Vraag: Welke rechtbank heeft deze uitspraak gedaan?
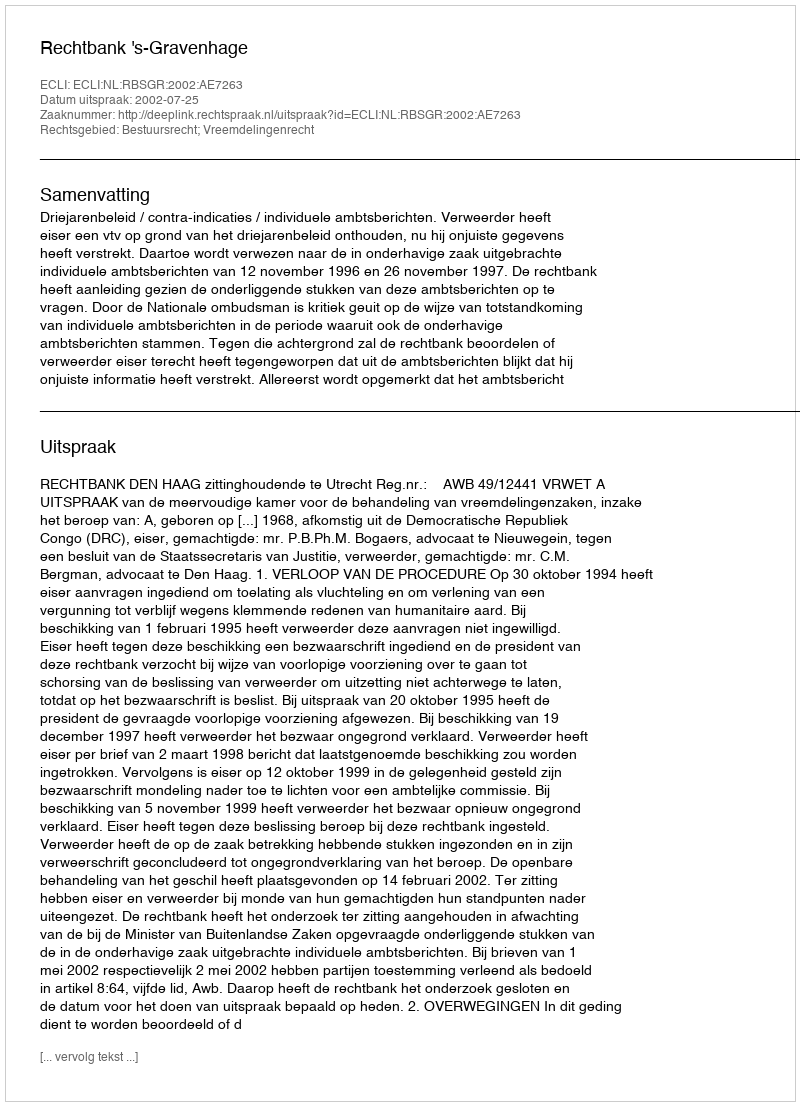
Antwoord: Rechtbank 's-Gravenhage